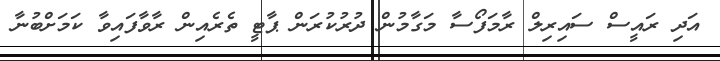
އަދި ރައީސް ސައިރިލް ރާމަފޯސާ މަގާމުން ދުރުކުރަން ޕާޓީ ތެރެއިން ރާވާފައިވާ ކަމަށްބުނާ